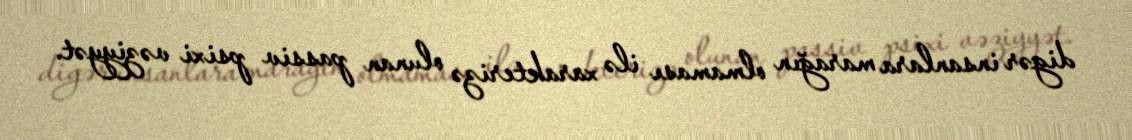
digər insanlara marağın olmaması ilə xarakterizə olunan passiv psixi vəziyyət.